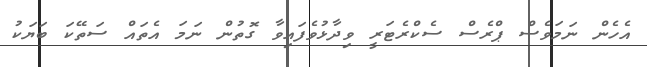
އެހެން ނަމަވެސް ޕްރެސް ސެކްރެޓަރީ ވިދާޅުވެފައިވާ ގޮތުން ނަމަ އެތައް ސަތޭކަ ބަޔަކު